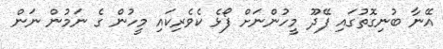
އޭނާ ބުނިގޮތުގައި ފޭދޫ މީހުންނަށް ފޯޅެ ކެވެރިކައި މީހުން ގެ ނަމުން ނަން